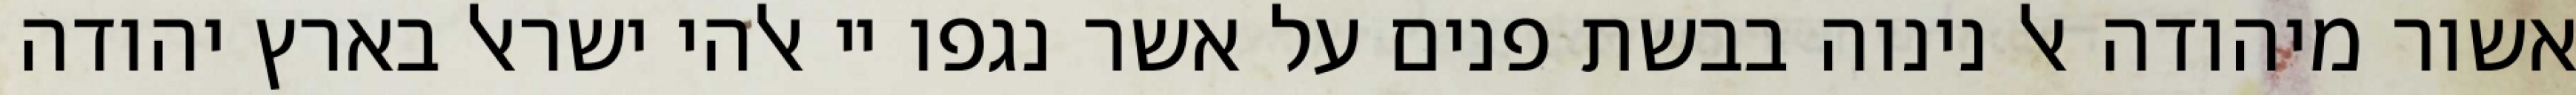
אשור מיהודה אל נינוה בבשת פנים על אשר נגפו יי אלהי ישראל בארץ יהודה